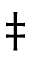
\ddag